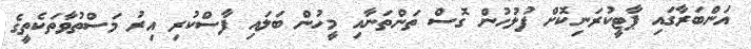
އަންބަރާގައި ޕާޓީކުރަނިކޮށް ފުލުހުން ގޮސް ތަންތަނާއި މީހުން ބަލައި ފާސްކުރި އިރު މަސްތުވާތަކެތީގެ